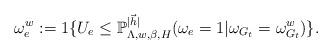
LaTeX: \begin{align*}\omega^w_e:=1\{U_e\leq \mathbb{P}_{\Lambda,w,\beta,H}^{|\vec{h}|}(\omega_e=1|\omega_{G_t}=\omega^w_{G_t})\}.\end{align*}